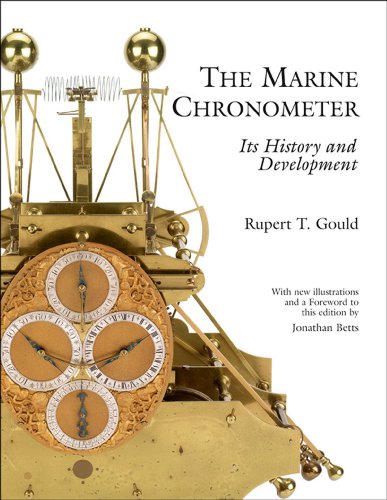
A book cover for The Marine Chronometer: Its History and Development; Rupert T. Gould; Engineering & Transportation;